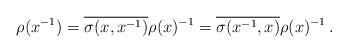
LaTeX: \begin{align*}\rho(x^{-1}) = \overline{\sigma (x,x^{-1})} \rho(x)^{-1}= \overline{\sigma(x^{-1},x)}\rho(x)^{-1}\, .\end{align*}